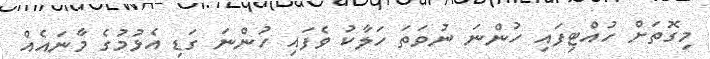
މިގޮތަށް ހުއްޓިފައި ހުންނަ ނުވަތަ ހަލާކު ވެފައި ހުންނަ ގަޑި އެޅުމުގެ މާނައެއް